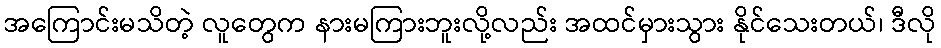
အကြောင်းမသိတဲ့ လူတွေက နားမကြားဘူးလို့လည်း အထင်မှားသွား နိုင်သေးတယ်၊ ဒီလို